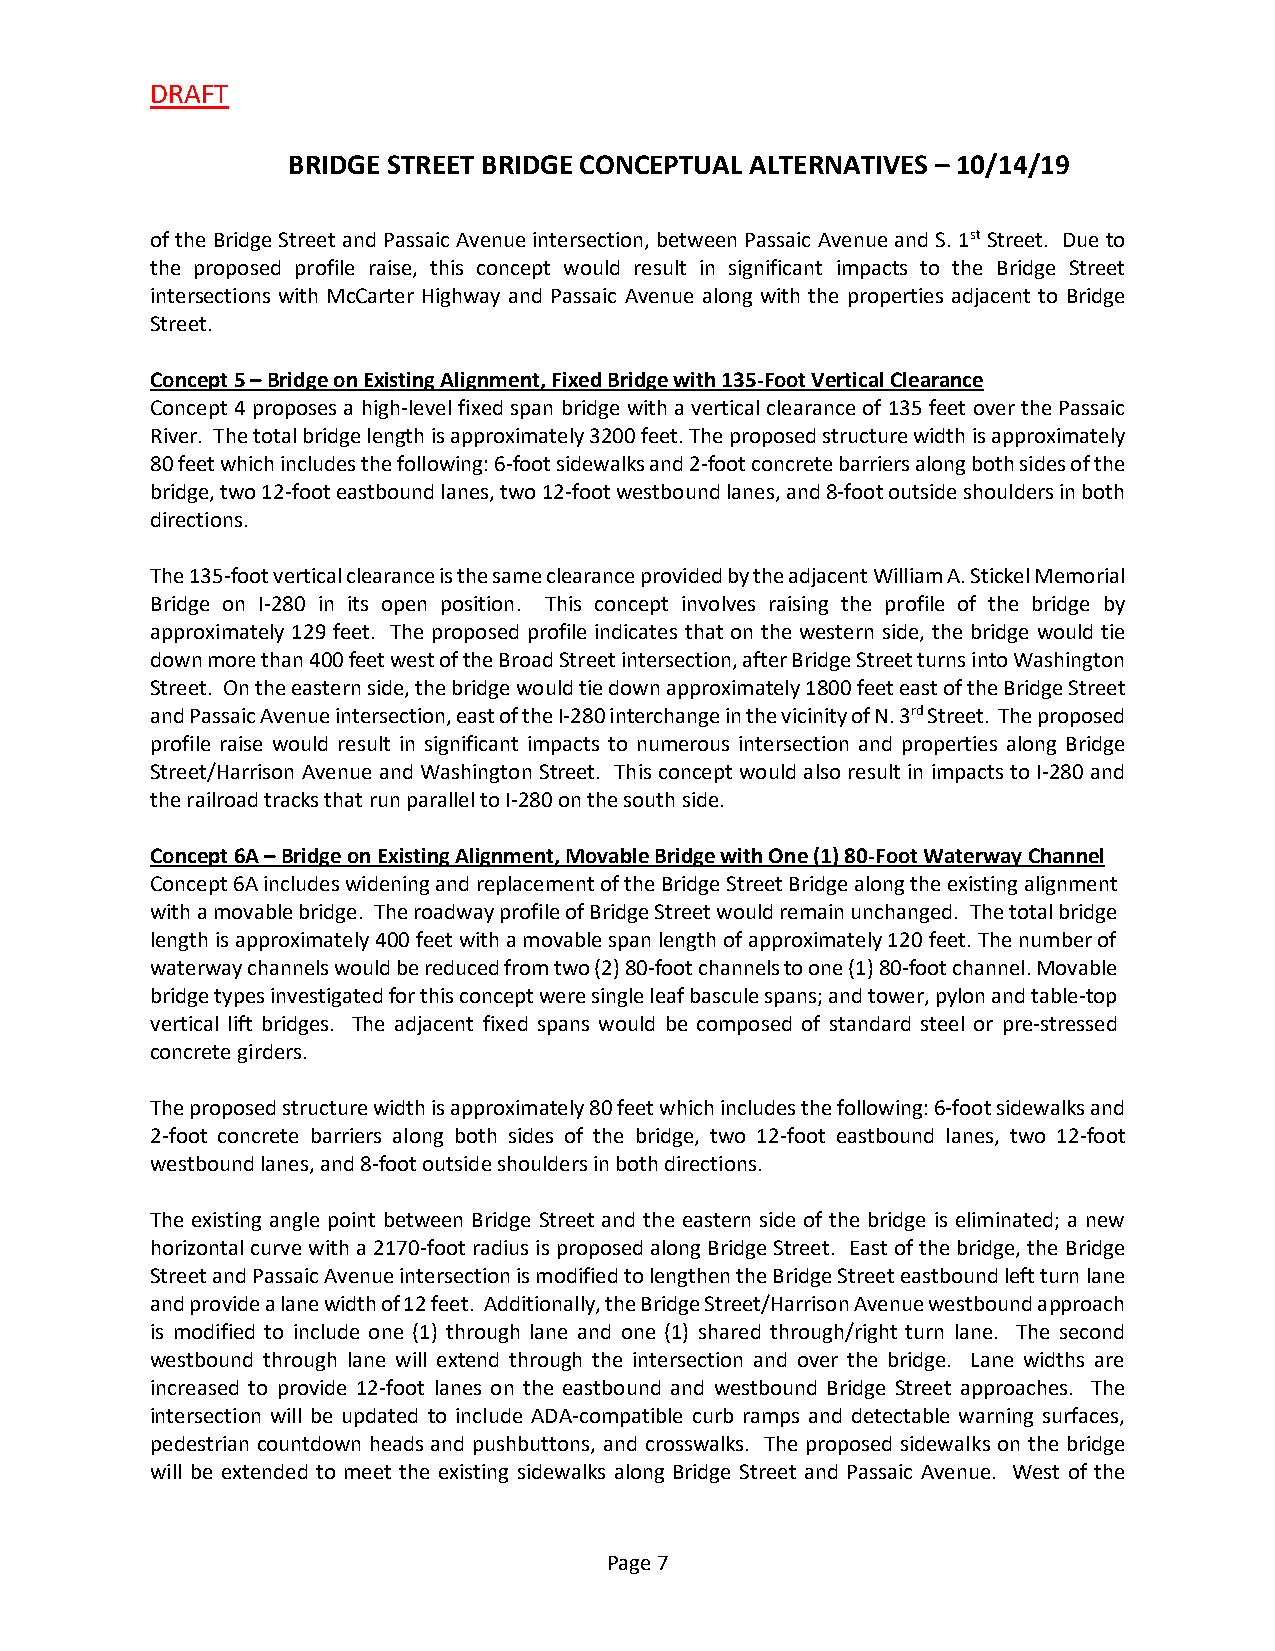
DRAFT
 BRIDGE STREET BRIDGE CONCEPTUAL ALTERNATIVES – 10/14/19
 of the Bridge Street and Passaic Avenue intersection, between Passaic Avenue and S. 1st Street. Due to
 the proposed profile raise, this concept would result in significant impacts to the Bridge Street
 intersections with McCarter Highway and Passaic Avenue along with the properties adjacent to Bridge
 Street.
 Concept 5 – Bridge on Existing Alignment, Fixed Bridge with 135-Foot Vertical Clearance
 Concept 4 proposes a high-level fixed span bridge with a vertical clearance of 135 feet over the Passaic
 River. The total bridge length is approximately 3200 feet. The proposed structure width is approximately
 80 feet which includes the following: 6-foot sidewalks and 2-foot concrete barriers along both sides of the
 bridge, two 12-foot eastbound lanes, two 12-foot westbound lanes, and 8-foot outside shoulders in both
 directions.
 The 135-foot vertical clearance is the same clearance provided by the adjacent William A. Stickel Memorial
 Bridge on I-280 in its open position. This concept involves raising the profile of the bridge by
 approximately 129 feet. The proposed profile indicates that on the western side, the bridge would tie
 down more than 400 feet west of the Broad Street intersection, after Bridge Street turns into Washington
 Street. On the eastern side, the bridge would tie down approximately 1800 feet east of the Bridge Street
 and Passaic Avenue intersection, east of the I-280 interchange in the vicinity of N. 3rd Street. The proposed
 profile raise would result in significant impacts to numerous intersection and properties along Bridge
 Street/Harrison Avenue and Washington Street. This concept would also result in impacts to I-280 and
 the railroad tracks that run parallel to I-280 on the south side.
 Concept 6A – Bridge on Existing Alignment, Movable Bridge with One (1) 80-Foot Waterway Channel
 Concept 6A includes widening and replacement of the Bridge Street Bridge along the existing alignment
 with a movable bridge. The roadway profile of Bridge Street would remain unchanged. The total bridge
 length is approximately 400 feet with a movable span length of approximately 120 feet. The number of
 waterway channels would be reduced from two (2) 80-foot channels to one (1) 80-foot channel. Movable
 bridge types investigated for this concept were single leaf bascule spans; and tower, pylon and table-top
 vertical lift bridges. The adjacent fixed spans would be composed of standard steel or pre-stressed
 concrete girders.
 The proposed structure width is approximately 80 feet which includes the following: 6-foot sidewalks and
 2-foot concrete barriers along both sides of the bridge, two 12-foot eastbound lanes, two 12-foot
 westbound lanes, and 8-foot outside shoulders in both directions.
 The existing angle point between Bridge Street and the eastern side of the bridge is eliminated; a new
 horizontal curve with a 2170-foot radius is proposed along Bridge Street. East of the bridge, the Bridge
 Street and Passaic Avenue intersection is modified to lengthen the Bridge Street eastbound left turn lane
 and provide a lane width of 12 feet. Additionally, the Bridge Street/Harrison Avenue westbound approach
 is modified to include one (1) through lane and one (1) shared through/right turn lane. The second
 westbound through lane will extend through the intersection and over the bridge. Lane widths are
 increased to provide 12-foot lanes on the eastbound and westbound Bridge Street approaches. The
 intersection will be updated to include ADA-compatible curb ramps and detectable warning surfaces,
 pedestrian countdown heads and pushbuttons, and crosswalks. The proposed sidewalks on the bridge
 will be extended to meet the existing sidewalks along Bridge Street and Passaic Avenue. West of the
 Page 7